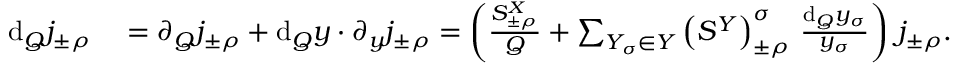
\begin{array} { r l } { \mathrm { d } _ { Q } j _ { \pm \rho } ^ { \mathrm { ~ \, ~ } } } & { { } = \partial _ { Q } j _ { \pm \rho } ^ { \mathrm { ~ \, ~ } } + \mathrm { d } _ { Q } \boldsymbol { y } \cdot \partial _ { \boldsymbol { y } } j _ { \pm \rho } ^ { \mathrm { ~ \, ~ } } = \left( \frac { S _ { \pm \rho } ^ { X } } { Q } + \sum _ { Y _ { \sigma } \in Y } \left( { S ^ { Y } } \right) _ { \pm \rho } ^ { \sigma } \, \frac { \mathrm { d } _ { Q } y _ { \sigma } } { y _ { \sigma } } \right) \, j _ { \pm \rho } . } \end{array}